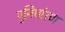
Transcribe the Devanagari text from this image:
पुनिर्धारण